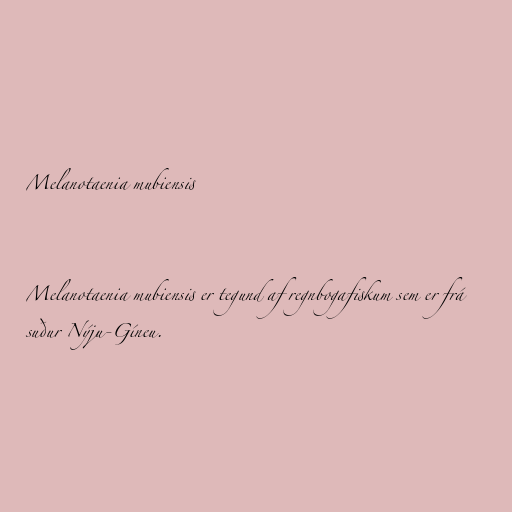
Melanotaenia mubiensis

Melanotaenia mubiensis er tegund af regnbogafiskum sem er frá
suður Nýju-Gíneu.